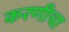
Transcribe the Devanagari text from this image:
करणीचा